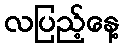
လပြည့်နေ့